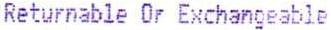
RETURNABLE Or EXCHANGEABLE